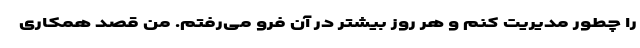
را چطور مدیریت کنم و هر روز بیشتر در آن فرو می‌رفتم. من قصد همکاری